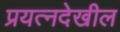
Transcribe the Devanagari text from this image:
प्रयत्नदेखील